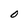
Character: O